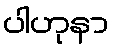
ပါဟုနာ